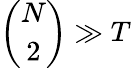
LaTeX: {\binom{N}{2}}\gg T